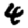
Digit: 4